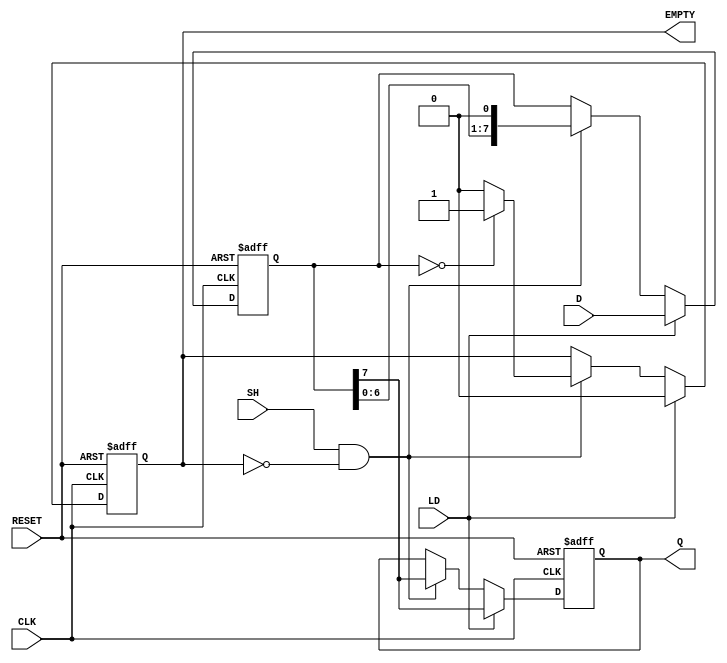
module PISO_Register #(
    parameter WIDTH = 8 // Width of the register
)(
    input wire [WIDTH-1:0] D,     // Parallel data input
    input wire LD,                 // Load signal
    input wire CLK,                // Clock signal
    input wire SH,                 // Shift signal
    input wire RESET,              // Reset signal (optional)
    output reg Q,                  // Serial output
    output reg EMPTY               // Empty signal output
);
    
    reg [WIDTH-1:0] shift_reg;     // Shift register
    integer i;                     // Loop index

    always @(posedge CLK or posedge RESET) begin
        if (RESET) begin
            shift_reg <= 0;         // Clear the shift register on reset
            Q <= 1'b0;              // Keep serial output low
            EMPTY <= 1'b1;          // Initially, the register is empty
        end else begin
            if (LD) begin
                shift_reg <= D;     // Load data into shift register
                Q <= shift_reg[WIDTH-1]; // Set Q to the MSB
                EMPTY <= 1'b0;      // Register is no longer empty
            end else if (SH && !EMPTY) begin
                // Shift data to the right
                Q <= shift_reg[WIDTH-1]; // Output current MSB
                shift_reg <= {shift_reg[WIDTH-2:0], 1'b0}; // Shift right
                // Update EMPTY signal
                if (shift_reg == 1'b0) begin
                    EMPTY <= 1'b1;    // Register is empty after shift
                end else begin
                    EMPTY <= 1'b0;    // Register is not empty
                end
            end
        end
    end
endmodule